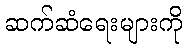
ဆက်ဆံရေးများကို